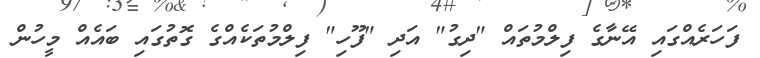
ފަހަރެއްގައި އޭނާގެ ފިލްމުތައް "ދިގު" އަދި "ފޫހި" ފިލްމުތަކެއްގެ ގޮތުގައި ބައެއް މީހުން